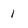
Character: 1